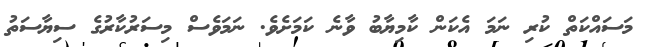
މަސައްކަތް ކުރި ނަމަ އެކަން ކާމިޔާބު ވާނެ ކަމަށެވެ. ނަމަވެސް މިސަރުކާރުގެ ސިޔާސަތު